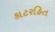
કાટરહિત